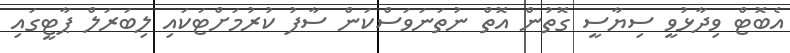
އެބޮޓް ވިދާޅުވީ ސިޔާސީ ގޮތުން އޮތް ނުތަނަވަސްކަން ސާފު ކުރުމަށްޓަކައި ލިބަރަލް ޕާޓީގައި